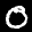
Label: 0